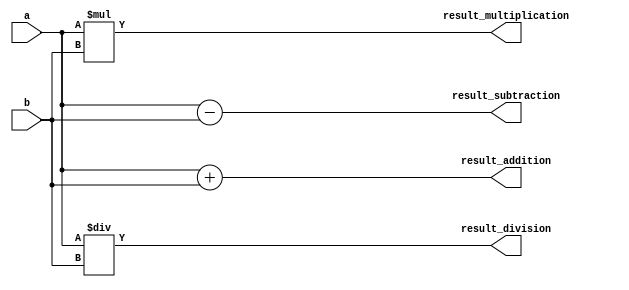
module fixed_point_converter (
  input [15:0] a, // fixed-point number 1
  input [15:0] b, // fixed-point number 2
  output reg [15:0] result_addition, // result of addition
  output reg [15:0] result_subtraction, // result of subtraction
  output reg [15:0] result_multiplication, // result of multiplication
  output reg [15:0] result_division // result of division
);

// Addition module
always @(*) begin
  result_addition = a + b;
end

// Subtraction module
always @(*) begin
  result_subtraction = a - b;
end

// Multiplication module
always @(*) begin
  result_multiplication = a * b;
end

// Division module
always @(*) begin
  result_division = a / b;
end

endmodule